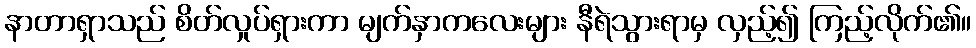
နာတာရှာသည် စိတ်လှုပ်ရှားကာ မျက်နှာကလေးများ နီရဲသွားရာမှ လှည့်၍ ကြည့်လိုက်၏။